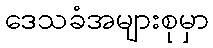
ဒေသခံအများစုမှာ